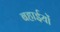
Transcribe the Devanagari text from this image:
बहाईयों